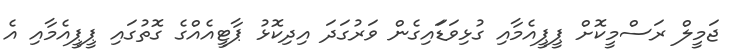
ޖަމީލް ރަސްމީކޮށް ޕީޕީއެމާއި ގުޅިވަޑަައިގެން ވަރުގަދަ އިދިކޮޅު ޕާޓީއެއްގެ ގޮތުގައި ޕީޕީއެމާއި އެ